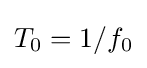
T_{0}=1/f_{0}